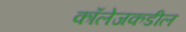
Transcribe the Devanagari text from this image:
कॉलेजकडील